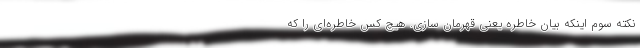
نکته سوم اینکه بیان خاطره یعنی قهرمان سازی. هیچ کس خاطره‌ای را که